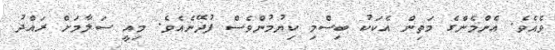
ވެއެވެ. އެންމެންގެ މަތިން އެކަކު ބިސްމި ކިޔުމުންވެސް ފުދޭނެއެވެ. މިއީ ސަލާމަށް ރައްދު